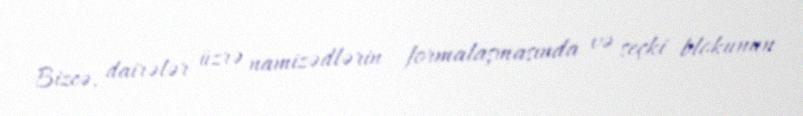
Bizcə, dairələr üzrə namizədlərin formalaşmasında və seçki blokunun